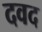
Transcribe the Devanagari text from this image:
दवद